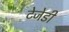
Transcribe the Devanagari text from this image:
टेजेडी